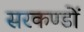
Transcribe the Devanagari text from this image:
सरकण्डों